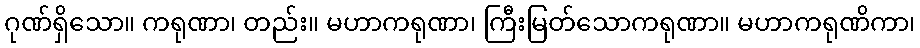
ဂုဏ်ရှိသော။ ကရုဏာ၊ တည်း။ မဟာကရုဏာ၊ ကြီးမြတ်သောကရုဏာ။ မဟာကရုဏိကာ၊